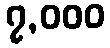
၇,၀၀၀